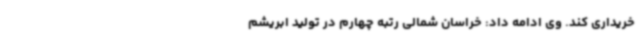
خریداری کند. وی ادامه داد: خراسان شمالی رتبه چهارم در تولید ابریشم